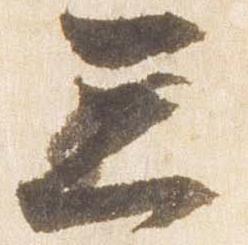
三